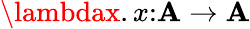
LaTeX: \lambdax.x{\mathrel{:}}\mathbf{A}\to\mathbf{A}